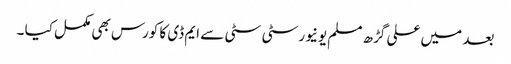
بعد میں علی گڑھ مسلم یونیورسٹی سٹی سے ایم ڈی کا کورس بھی مکمل کیا ۔